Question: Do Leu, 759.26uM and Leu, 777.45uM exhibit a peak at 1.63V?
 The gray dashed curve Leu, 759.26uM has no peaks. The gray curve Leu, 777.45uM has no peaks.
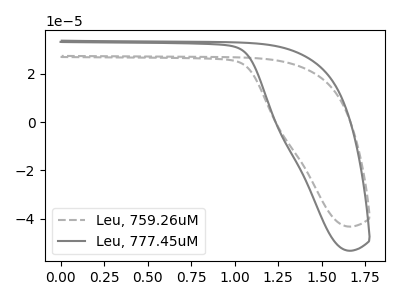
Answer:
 <answer>No, "Leu, 759.26uM" and "Leu, 777.45uM" dont share a peak at 1.63V.</answer>
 <eval>mismatch</eval>